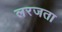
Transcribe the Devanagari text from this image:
लरजता